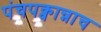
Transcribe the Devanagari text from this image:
पंचपक्वान्नाच